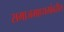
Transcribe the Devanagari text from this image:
समाजमाध्यमांवरील